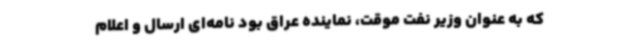
که به عنوان وزیر نفت موقت، نماینده عراق بود نامه‌ای ارسال و اعلام